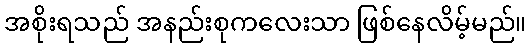
အစိုးရသည် အနည်းစုကလေးသာ ဖြစ်နေလိမ့်မည်။